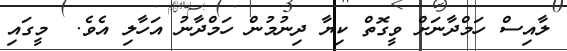
ލާއިސް ހަމްދާނަށް ވީގޮތް ކިޔާ ދިނުމުން ހަމްދާނު އަހާލި އެވެ.  މީގައި